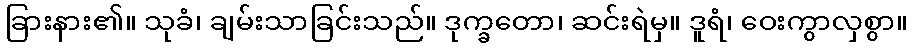
ခြားနား၏။ သုခံ၊ ချမ်းသာခြင်းသည်။ ဒုက္ခတော၊ ဆင်းရဲမှ။ ဒူရံ၊ ဝေးကွာလှစွာ။